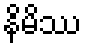
နိမိဿ